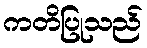
ကတိပြုသည်